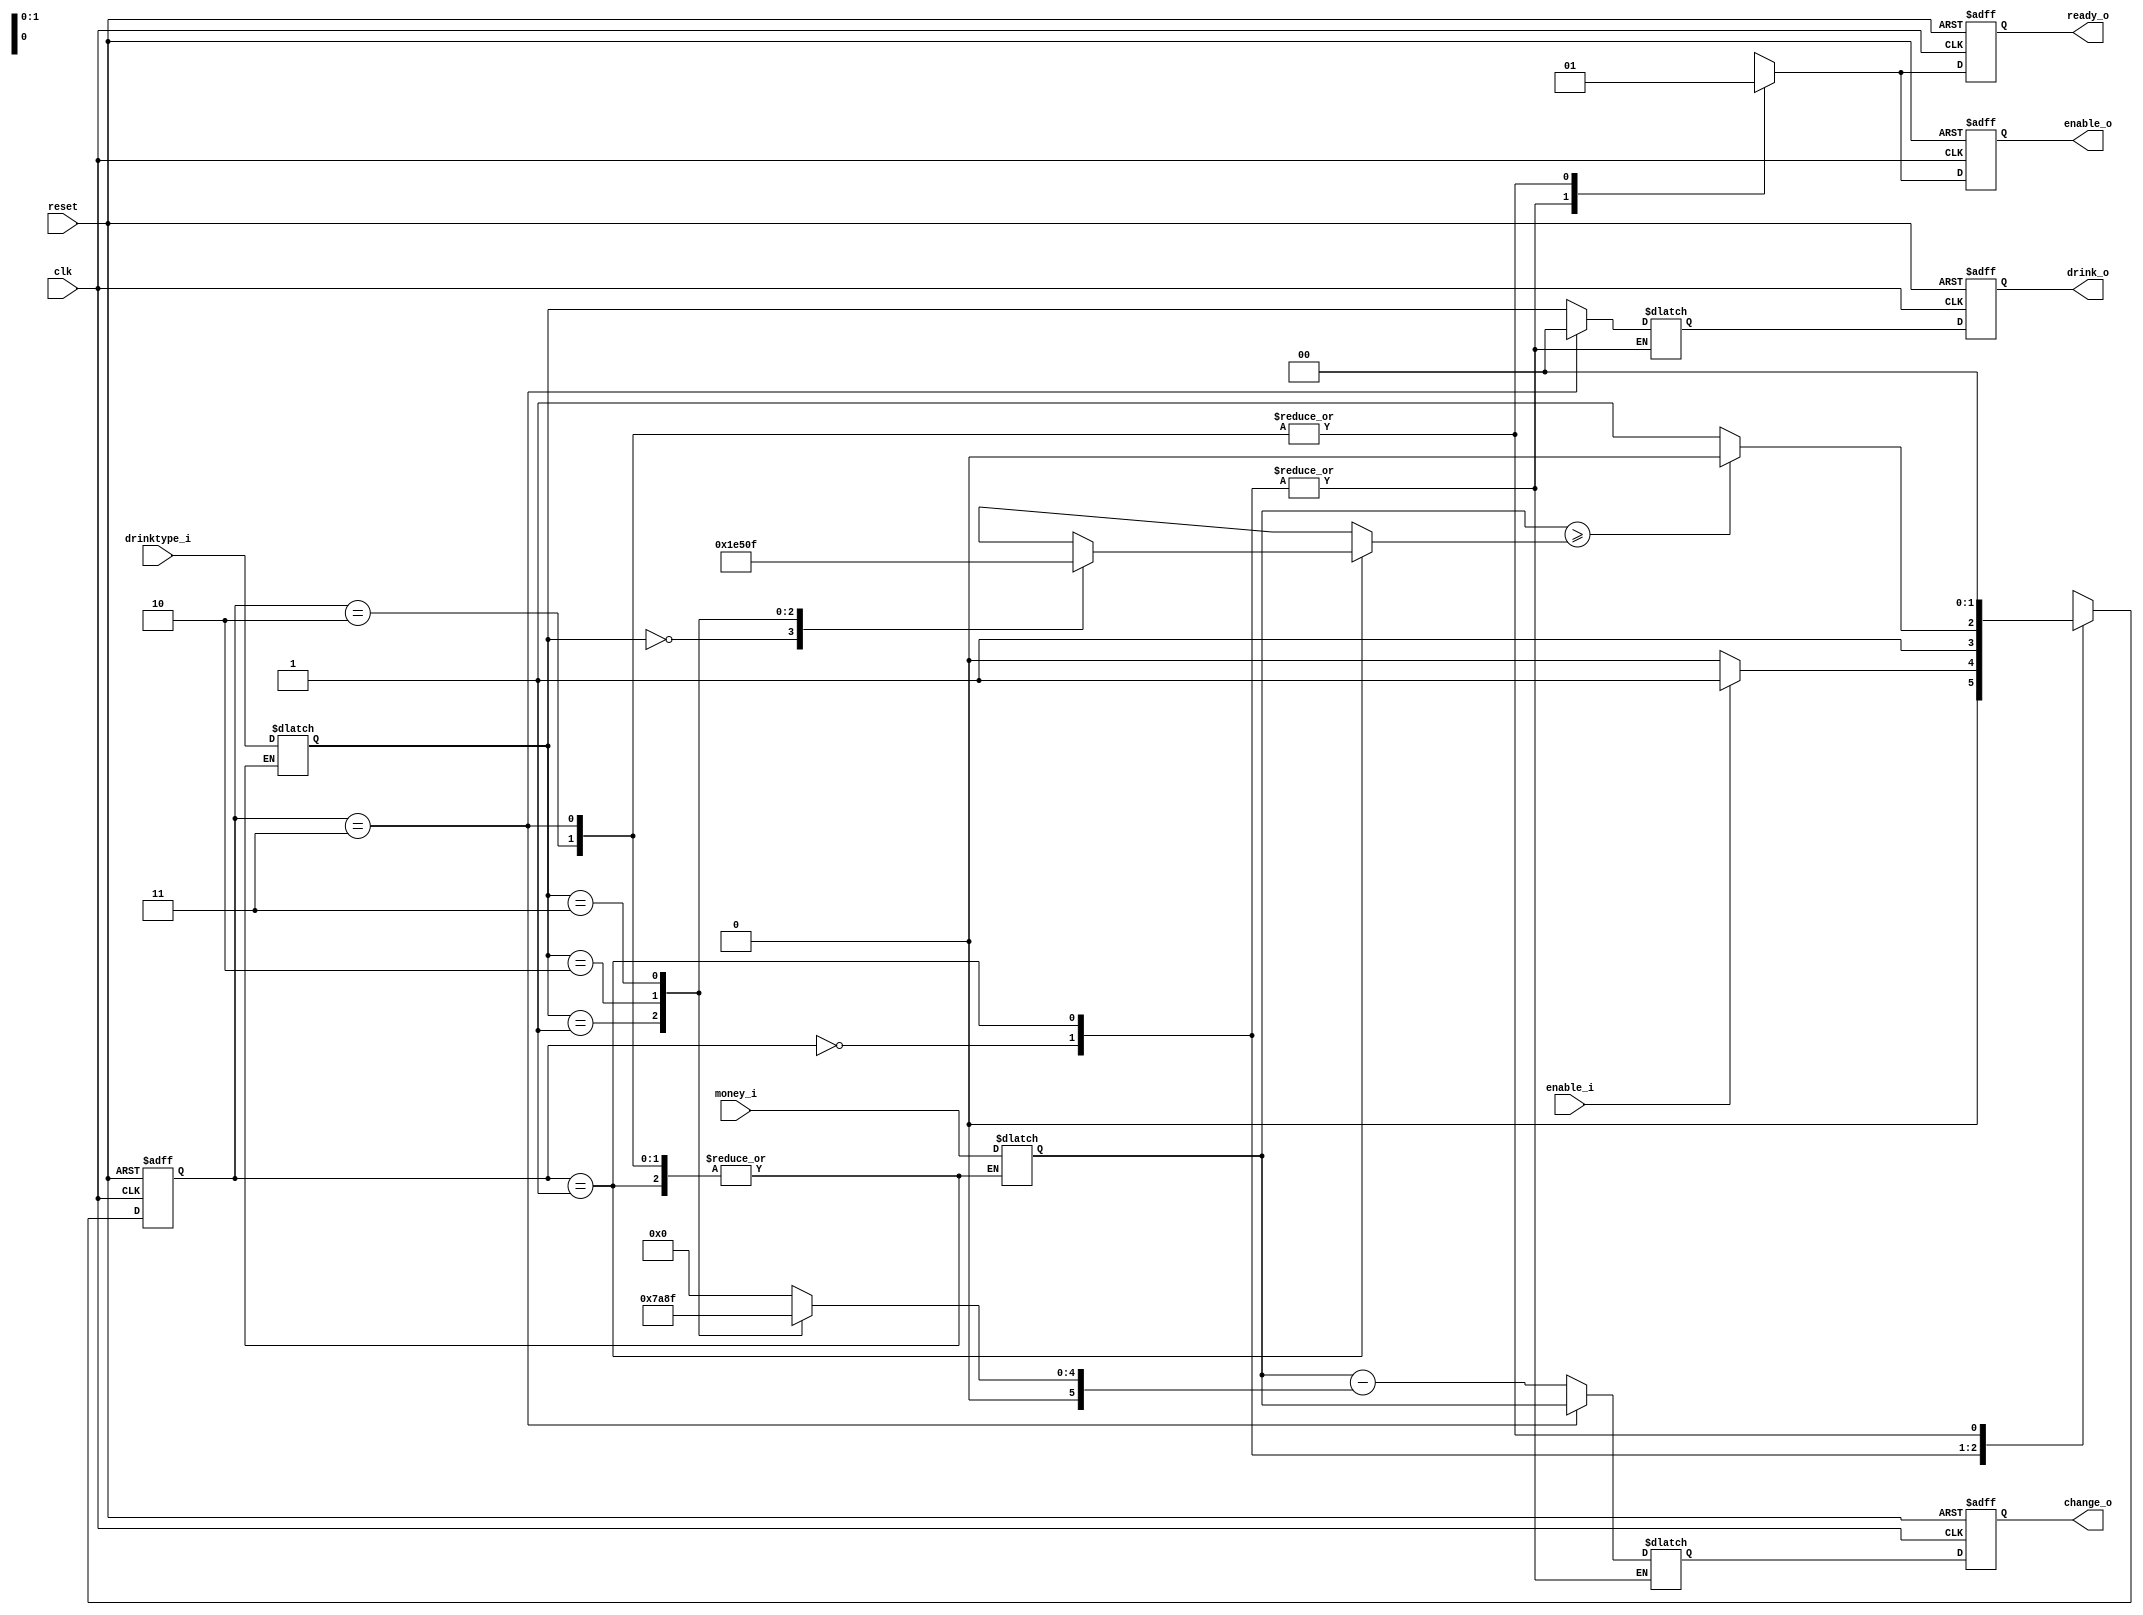
module autoseller(clk, reset, enable_i, money_i, drinktype_i, ready_o, enable_o, change_o, drink_o);

input clk,reset,enable_i;
input [5:0] money_i; 
input [1:0] drinktype_i; 

output reg ready_o;
output reg enable_o;
output reg [5:0] change_o;
output reg [1:0] drink_o;

/// TODO
wire [5:0] drinkcost [4:0];
assign {drinkcost[0],drinkcost[1],drinkcost[2],drinkcost[3]}  = {6'd0,6'd30,6'd20,6'd15};

parameter IDLE = 2'd0;
parameter MONEY = 2'd1;
parameter ENOUGH = 2'd2;
parameter NOT = 2'd3;

reg [5:0] money;
reg [1:0] drinktype;

reg [1:0] state, n_state;
// output
reg ready;
reg enable;
reg [5:0] change;
reg [1:0] drink;

// combinational
always @(*) begin
    case (state)
        IDLE: begin 
            money = money_i;
            drinktype = drinktype_i;
            enable = 1'b0;
            ready = 1'b0;
            if (enable_i)  n_state = MONEY;
            else n_state = IDLE; 
        end
        MONEY: begin
            enable = 1'b0;
            ready = 1'b0;
            if (money >= drinkcost[drinktype]) begin 
            n_state = ENOUGH;
            end
            else n_state = NOT;
        end
        ENOUGH: begin 
            drink = drinktype;
            change = money - drinkcost[drinktype];
            enable = 1'b1;
            ready = 1'b1;
            n_state = IDLE;
        end
        NOT: begin
            drink = 2'b00;
            change = money;
            enable = 1'b1;
            ready = 1'b1;
            n_state = IDLE;
        end
        default: begin 
            if (enable_i)  n_state = MONEY;
            else n_state = IDLE; 
        end
    endcase
end


// sequential
always @(posedge clk or posedge reset) begin
    if (reset) begin
        state <= IDLE;
        ready_o <= 1'b1;
        enable_o <= 1'b0;
        change_o <= 6'd0;
        drink_o <= 2'd0;
    end 
    else begin
        state <= n_state;
        ready_o <= ready;
        enable_o <= enable;
        drink_o <= drink;
        change_o <= change;
    end
end

endmodule